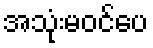
အသုံးမဝင်ပေ